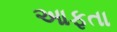
આફતા